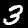
Label: 3